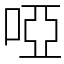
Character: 啞